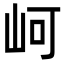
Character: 㞹